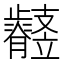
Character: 𣦲